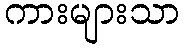
ကားများသာ